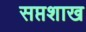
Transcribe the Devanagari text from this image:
सप्तशाख